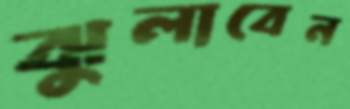
ঝুলাবেন